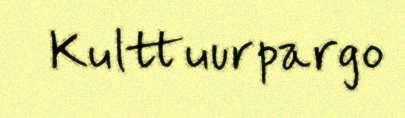
Kulttuurpargo